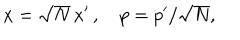
LaTeX: x = \sqrt { N } \, x ^ { \prime } \, , \quad p = p ^ { \prime } / \sqrt { N } ,